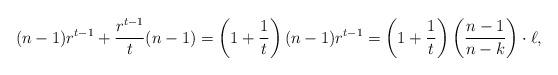
LaTeX: \begin{align*}(n-1)r^{t-1} + \frac{r^{t-1}}{t}(n-1) = \left(1+ \frac{1}{t}\right)(n-1)r^{t-1} = \left(1+ \frac{1}{t}\right)\left(\frac{n-1}{n-k}\right)\cdot \ell,\end{align*}